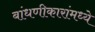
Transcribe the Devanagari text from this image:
बांधणीकारांमध्ये